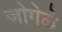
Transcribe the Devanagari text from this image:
जोगेळे